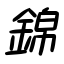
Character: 錦